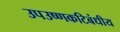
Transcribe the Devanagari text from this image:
उपउष्णकटिबंधीय